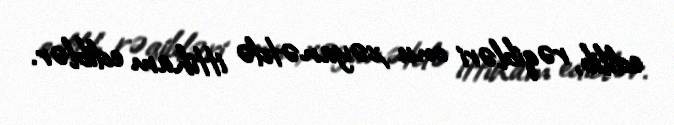
edilib, rəqibləri onu xəyanətdə ittiham ediblər.